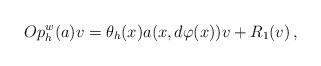
LaTeX: \begin{align*} Op_h^w(a)v = \theta_h(x)a(x,d\varphi(x))v + R_1(v) \,,\end{align*}